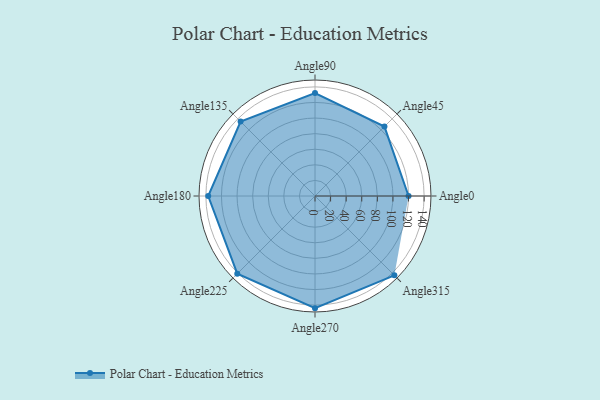
{"axis": {"x": "Angle", "y": "Radius"}, "legend": [""], "data": [{"x": "Angle0", "y": 120.0, "type": ""}, {"x": "Angle45", "y": 126.0, "type": ""}, {"x": "Angle90", "y": 132.0, "type": ""}, {"x": "Angle135", "y": 135.0, "type": ""}, {"x": "Angle180", "y": 137.0, "type": ""}, {"x": "Angle225", "y": 141.0, "type": ""}, {"x": "Angle270", "y": 144.0, "type": ""}, {"x": "Angle315", "y": 144.0, "type": ""}]}